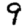
Digit: 9